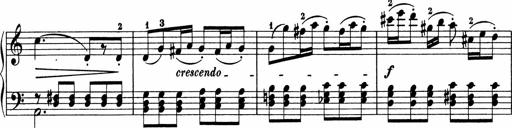
Title: 5 Sonatinen fÃ¼r die Jugend
Composer: Carl Reinecke